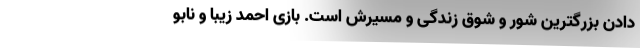
دادن بزرگترین شور و شوق زندگی‌ و مسیرش است. بازی احمد زیبا و نابو